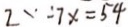
2 - 7 x = 5 4